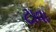
ટાવા